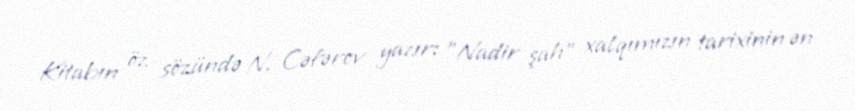
Kitabın öz sözündə N. Cəfərov yazır: "Nadir şah" xalqımızın tarixinin ən